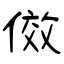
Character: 傚